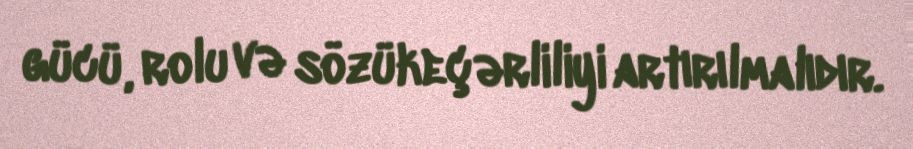
gücü, rolu və sözükeçərliliyi artırılmalıdır.